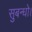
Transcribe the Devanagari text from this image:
सुबन्‍धो।